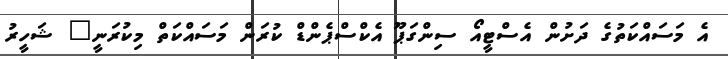
އެ މަސައްކަތުގެ ދަށުން އެސްޓީއޯ ސިންގަޕޫ އެކްސްޕެންޑް ކުރަން މަސައްކަތް މިކުރަނީ" ޝަހީރު